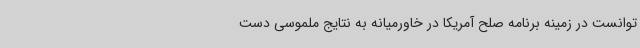
توانست در زمینه برنامه صلح آمریکا در خاورمیانه به نتایج ملموسی دست